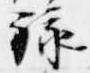
禄